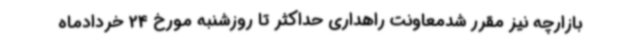
بازارچه نیز مقرر شدمعاونت راهداری حداکثر تا روزشنبه مورخ 24 خردادماه